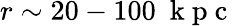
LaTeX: r\sim 20-100~\mathrm{~k~p~c~}